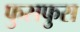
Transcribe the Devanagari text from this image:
फुसफुस